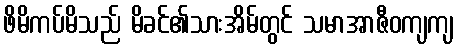
ဖိမိကပ်မိသည် မိခင်၏သားအိမ်တွင် သမာအာဇီဝကျကျ